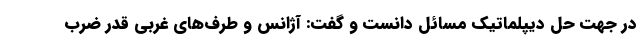
در جهت حل دیپلماتیک مسائل دانست و گفت: آژانس و طرف‌های غربی قدر ضرب